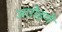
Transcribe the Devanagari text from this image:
आरोहणे